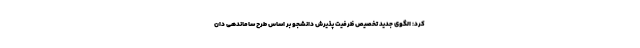
کرد: الگوی جدید تخصیص ظرفیت پذیرش دانشجو بر اساس طرح ساماندهی دان